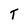
Character: T